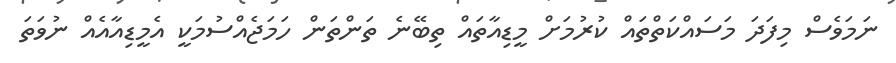
ނަމަވެސް މިފަދަ މަސައްކަތްތައް ކުރުމަށް މީޑިއާތައް ތިބޭނެ ތަންތަން ހަމަޖެއްސުމަކީ އެމީޑިއާއެއް ނުވަތަ